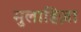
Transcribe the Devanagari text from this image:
मुलाहिज़ा